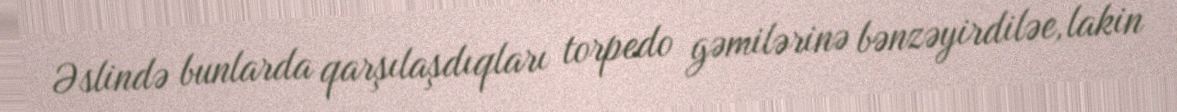
Əslində bunlarda qarşılaşdıqları torpedo gəmilərinə bənzəyirdiləe, lakin